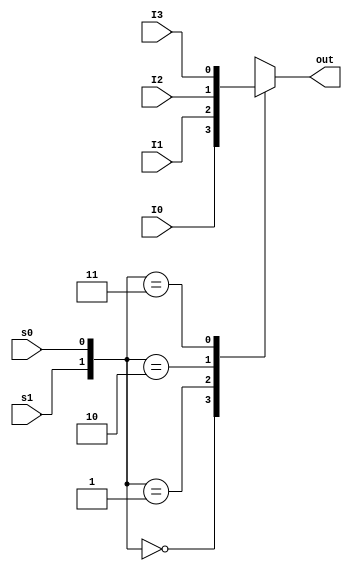
/*
Implement a W-bit 2 to 1 and a W-bit 4 to 1 multiplexers, where W is a parameter specifying the
data width of the input.
*/
module muxWFourToOne #(parameter W=1)(s0,s1,I0,I1,I2,I3,out);

input s0;
input s1;
input [W-1:0] I0;
input [W-1:0] I1;
input [W-1:0] I2;
input [W-1:0] I3;

output reg [W-1:0] out;
wire [1:0] sel ={s1,s0};



always @(s0 or s1 or I0 or I1 or I2 or I3)
	begin
		 case (sel)
		 2'b00 : out = I0; 
		 2'b01 : out = I1; 
		 2'b10 : out = I2; 
		 2'b11 : out = I3; 
		 endcase
	end

endmodule